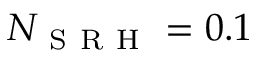
N _ { \mathrm { ~ S ~ R ~ H ~ } } = 0 . 1